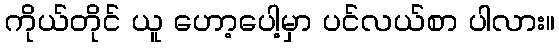
ကိုယ်တိုင် ယူ ဟော့ပေါ့မှာ ပင်လယ်စာ ပါလား။